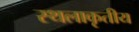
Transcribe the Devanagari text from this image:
स्थलाकृतीय